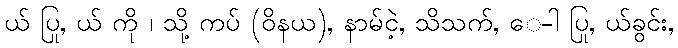
ယ် ပြု, ယ် ကို ၊ သို့ ကပ် (ဝိနယ), နာမ်ငဲ့, သိသက်, ေ-ါ ပြု, ယ်ခွင်း,